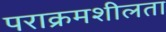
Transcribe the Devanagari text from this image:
पराक्रमशीलता